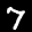
Label: 7